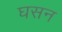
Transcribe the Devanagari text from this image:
घसन